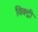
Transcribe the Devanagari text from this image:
विक्‍ट्री